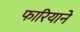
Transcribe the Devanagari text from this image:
फारियाने